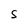
Character: S